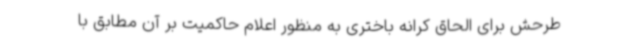
طرحش برای الحاق کرانه باختری به منظور اعلام حاکمیت بر آن مطابق با